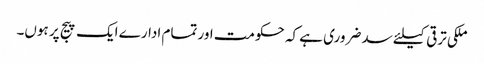
ملکی ترقی کیلئے سد ضروری ہے کہ حکومت اور تمام ادارے ایک پیج پر ہوں۔